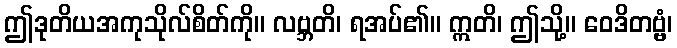
ဤဒုတိယအကုသိုလ်စိတ်ကို။ လဗ္ဘတိ၊ ရအပ်၏။ ဣတိ၊ ဤသို့။ ဝေဒိတဗ္ဗံ၊